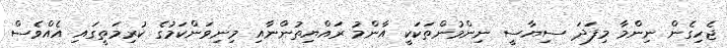
ޖެހިގެން ނިންމާ މިފަދަ ސިޔާސީ ނިންމުންތަކަކީ އާންމު ރައްޔިތުންނާއި މިނިވަންކަމުގެ ކުރިމަތީގައި އެއްވެސް